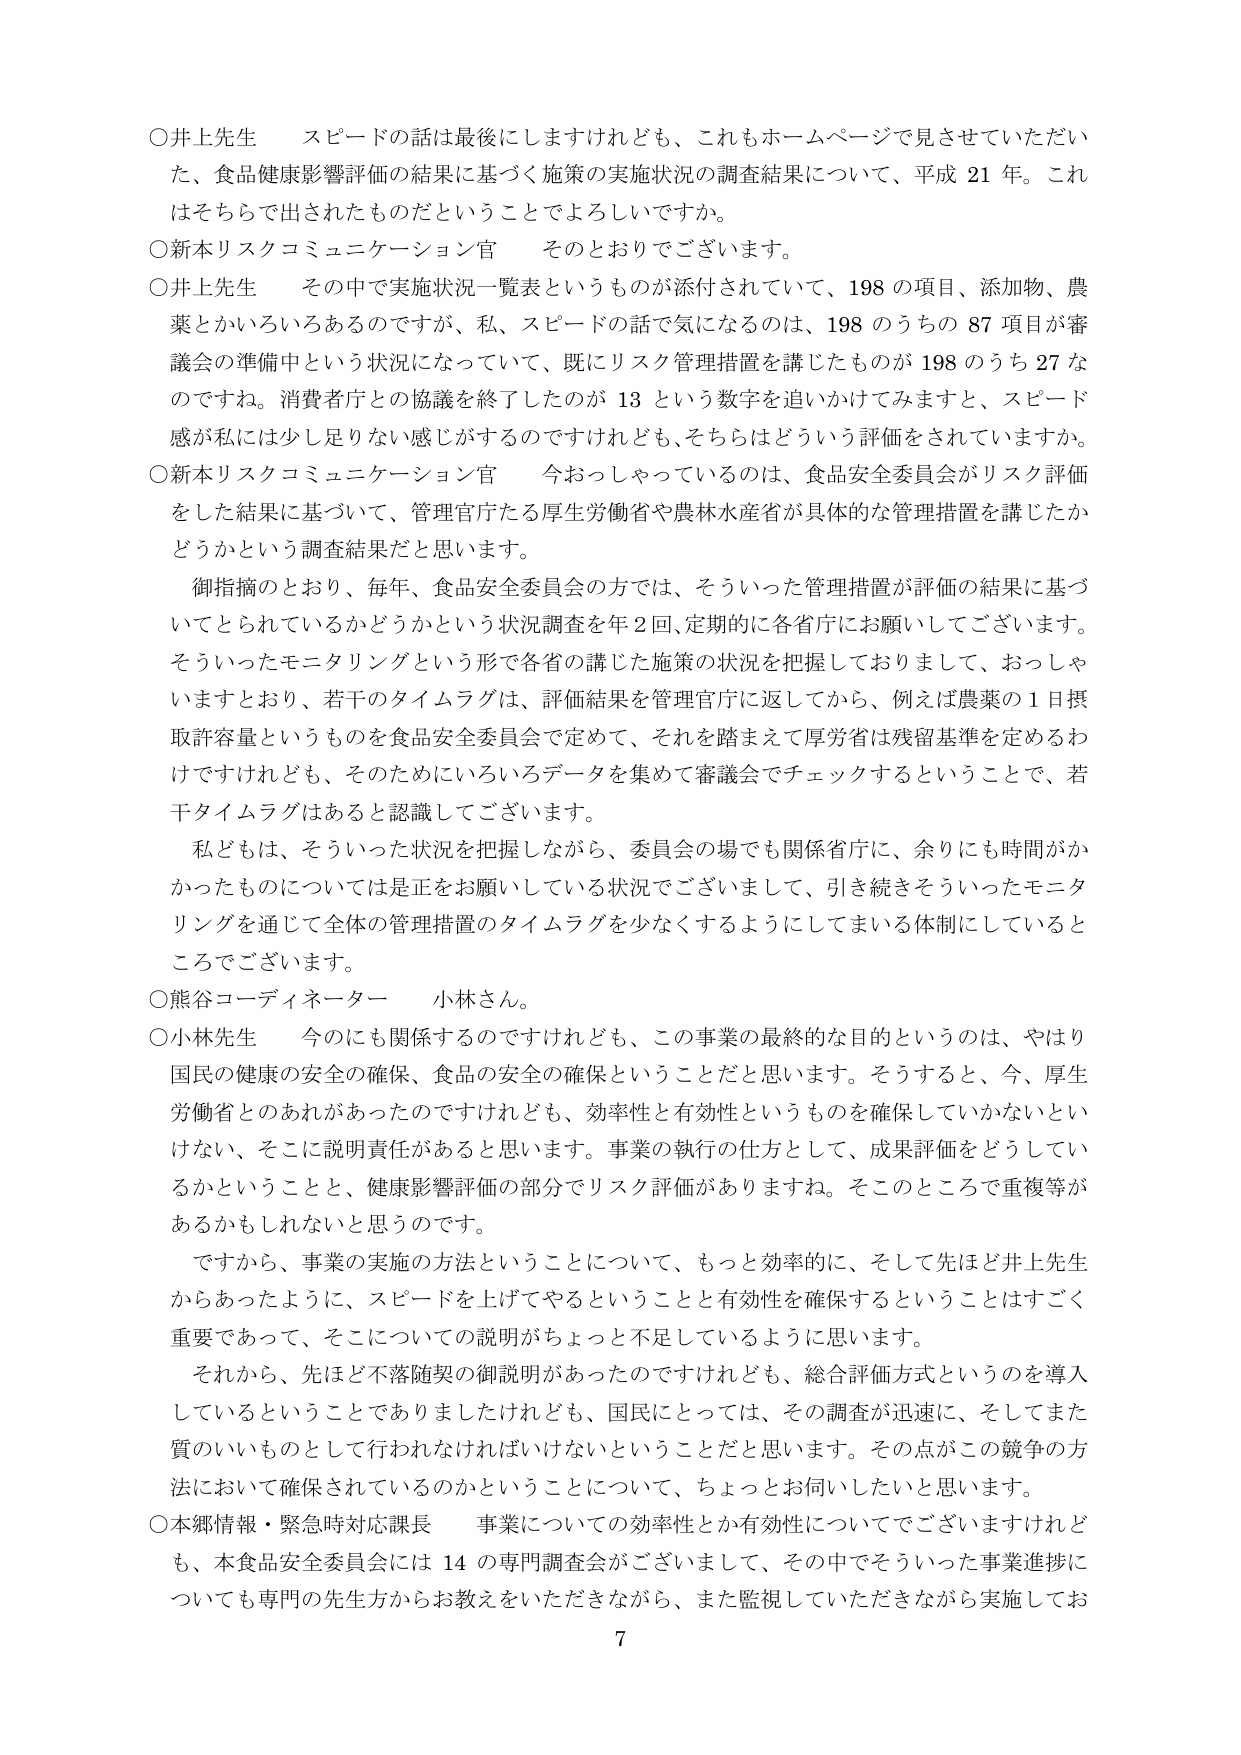
○井上先生　スピードの話は最後にしますけれども、これもホームページで見させていただいた、食品健康影響評価の結果に基づく施策の実施状況の調査結果について、平成21年。これはそちらで出されたものだということでしょうか。

○新本リスクコミュニケーション官　そのとおりでございます。

○井上先生　その中で実施状況一覧表というものが添付されていて、198の項目、添加物、農薬とかいろいろあるのですが、私、スピードの話で気になるのは、198のうちの87項目が審議会の準備中という状況になっていて、既にリスク管理措置を講じたものが198のうち27なのですね。消費者庁との協議を終了したのが13という数字を追いかけてみますと、スピード感が私には少し足りない感じがするのですけれども、そちらはどういう評価をされていますか。

○新本リスクコミュニケーション官　今おっしゃっているのは、食品安全委員会がリスク評価をした結果に基づいて、管理官庁たる厚生労働省や農林水産省が具体的な管理措置を講じたかどうかという調査結果だと思います。

　御指摘のとおり、毎年、食品安全委員会の方では、そういった管理措置が評価の結果に基づいてとられているかどうかという状況調査を年2回、定期的に各省庁にお願いしてございます。そういったモニタリングという形で各省の講じた施策の状況を把握しておりまして、おっしゃいますとおり、若干のタイムラグは、評価結果を管理官庁に返してから、例えば農薬の1日摂取許容量というものを食品安全委員会で定めて、それを踏まえて厚労省は残留基準を定めるわけですけれども、そのためにいろいろデータを集めて審議会でチェックするということで、若干タイムラグはあると認識してございます。

　私どもは、そういった状況を把握しながら、委員会の場でも関係省庁に、余りにも時間がかかったものについては是正をお願いしている状況でございまして、引き続きそういったモニタリングを通じて全体の管理措置のタイムラグを少なくするようにしてまいる体制にしているところでございます。

○熊谷コーディネーター　小林さん。

○小林先生　今にも関係するのですけれども、この事業の最終的な目的というのは、やはり国民の健康の安全の確保、食品の安全の確保ということだと思います。そうすると、今、厚生労働省とのあれがあったのですけれども、効率性と有効性というものを確保していかないといけない、そこに説明責任があると思います。事業の執行の仕方として、成果評価をどうしているかということと、健康影響評価の部分でリスク評価がありますね。そこのところで重複等があるかもしれないと思うのです。

　ですから、事業の実施の方法ということについて、もっと効率的に、そして先ほど井上先生からあったように、スピードを上げてやることと有効性を確保するということはすごく重要であって、そこについての説明がちょっと不足しているように思います。

　それから、先ほど不落随契の御説明があったのですけれども、総合評価方式というのを導入しているということでありましたが、国民にとっては、その調査が迅速に、そしてまた質のいいものとして行われなければならないということだと思います。その点がこの競争の方法において確保されているのかということについて、ちょっとお伺いしたいと思います。

○本郷情報・緊急時対応課長　事業についての効率性とか有効性についてでございますけれども、本食品安全委員会には14の専門調査会がございまして、その中でそういった事業進捗についても専門の先生方からお教えをいただきながら、また監視していただきながら実施してお

7